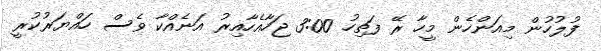
ފުލުހުން މިއަންހެން މީހާ ރޭ ފަތިހު 3:00 ޖަހާއެހާއިރު އަނެއްކާ ވެސް ހައްޔަރުކުރީ